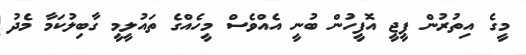
މީގެ އިތުރުން ޕީޖީ އޮފީހުން ބުނީ އެއްވެސް މީހެއްގެ ތައުލީމީ ގާބިލުކަމާ މެދު